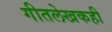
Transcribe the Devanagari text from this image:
गीतलेखकही